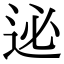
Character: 𨒜